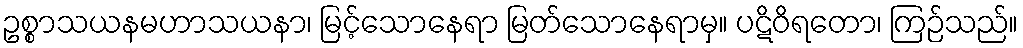
ဥစ္စာသယနမဟာသယနာ၊ မြင့်သောနေရာ မြတ်သောနေရာမှ။ ပဋိဝိရတော၊ ကြဉ်သည်။